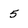
Character: 5